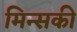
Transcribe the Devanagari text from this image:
मिन्सकी